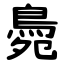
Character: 䳃